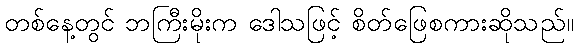
တစ်နေ့တွင် ဘကြီးမိုးက ဒေါသဖြင့် စိတ်ဖြေစကားဆိုသည်။